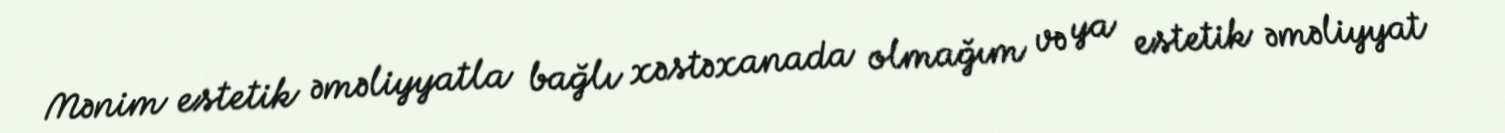
Mənim estetik əməliyyatla bağlı xəstəxanada olmağım və ya estetik əməliyyat